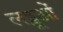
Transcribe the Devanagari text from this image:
लड्डूओं